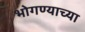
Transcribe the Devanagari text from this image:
भोगण्याच्या